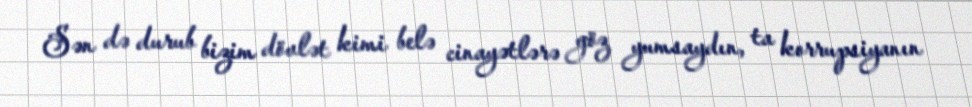
Sən də durub bizim dövlət kimi belə cinayətlərə göz yumsaydın, ta korrupsiyanın